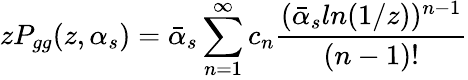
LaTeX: zP_{gg}(z,\alpha_{s})=\bar{\alpha}_{s}\sum_{n=1}^{\infty}c_{n}{\frac{(\bar{\alpha}_{s}ln(1/z))^{n-1}}{(n-1)!}}